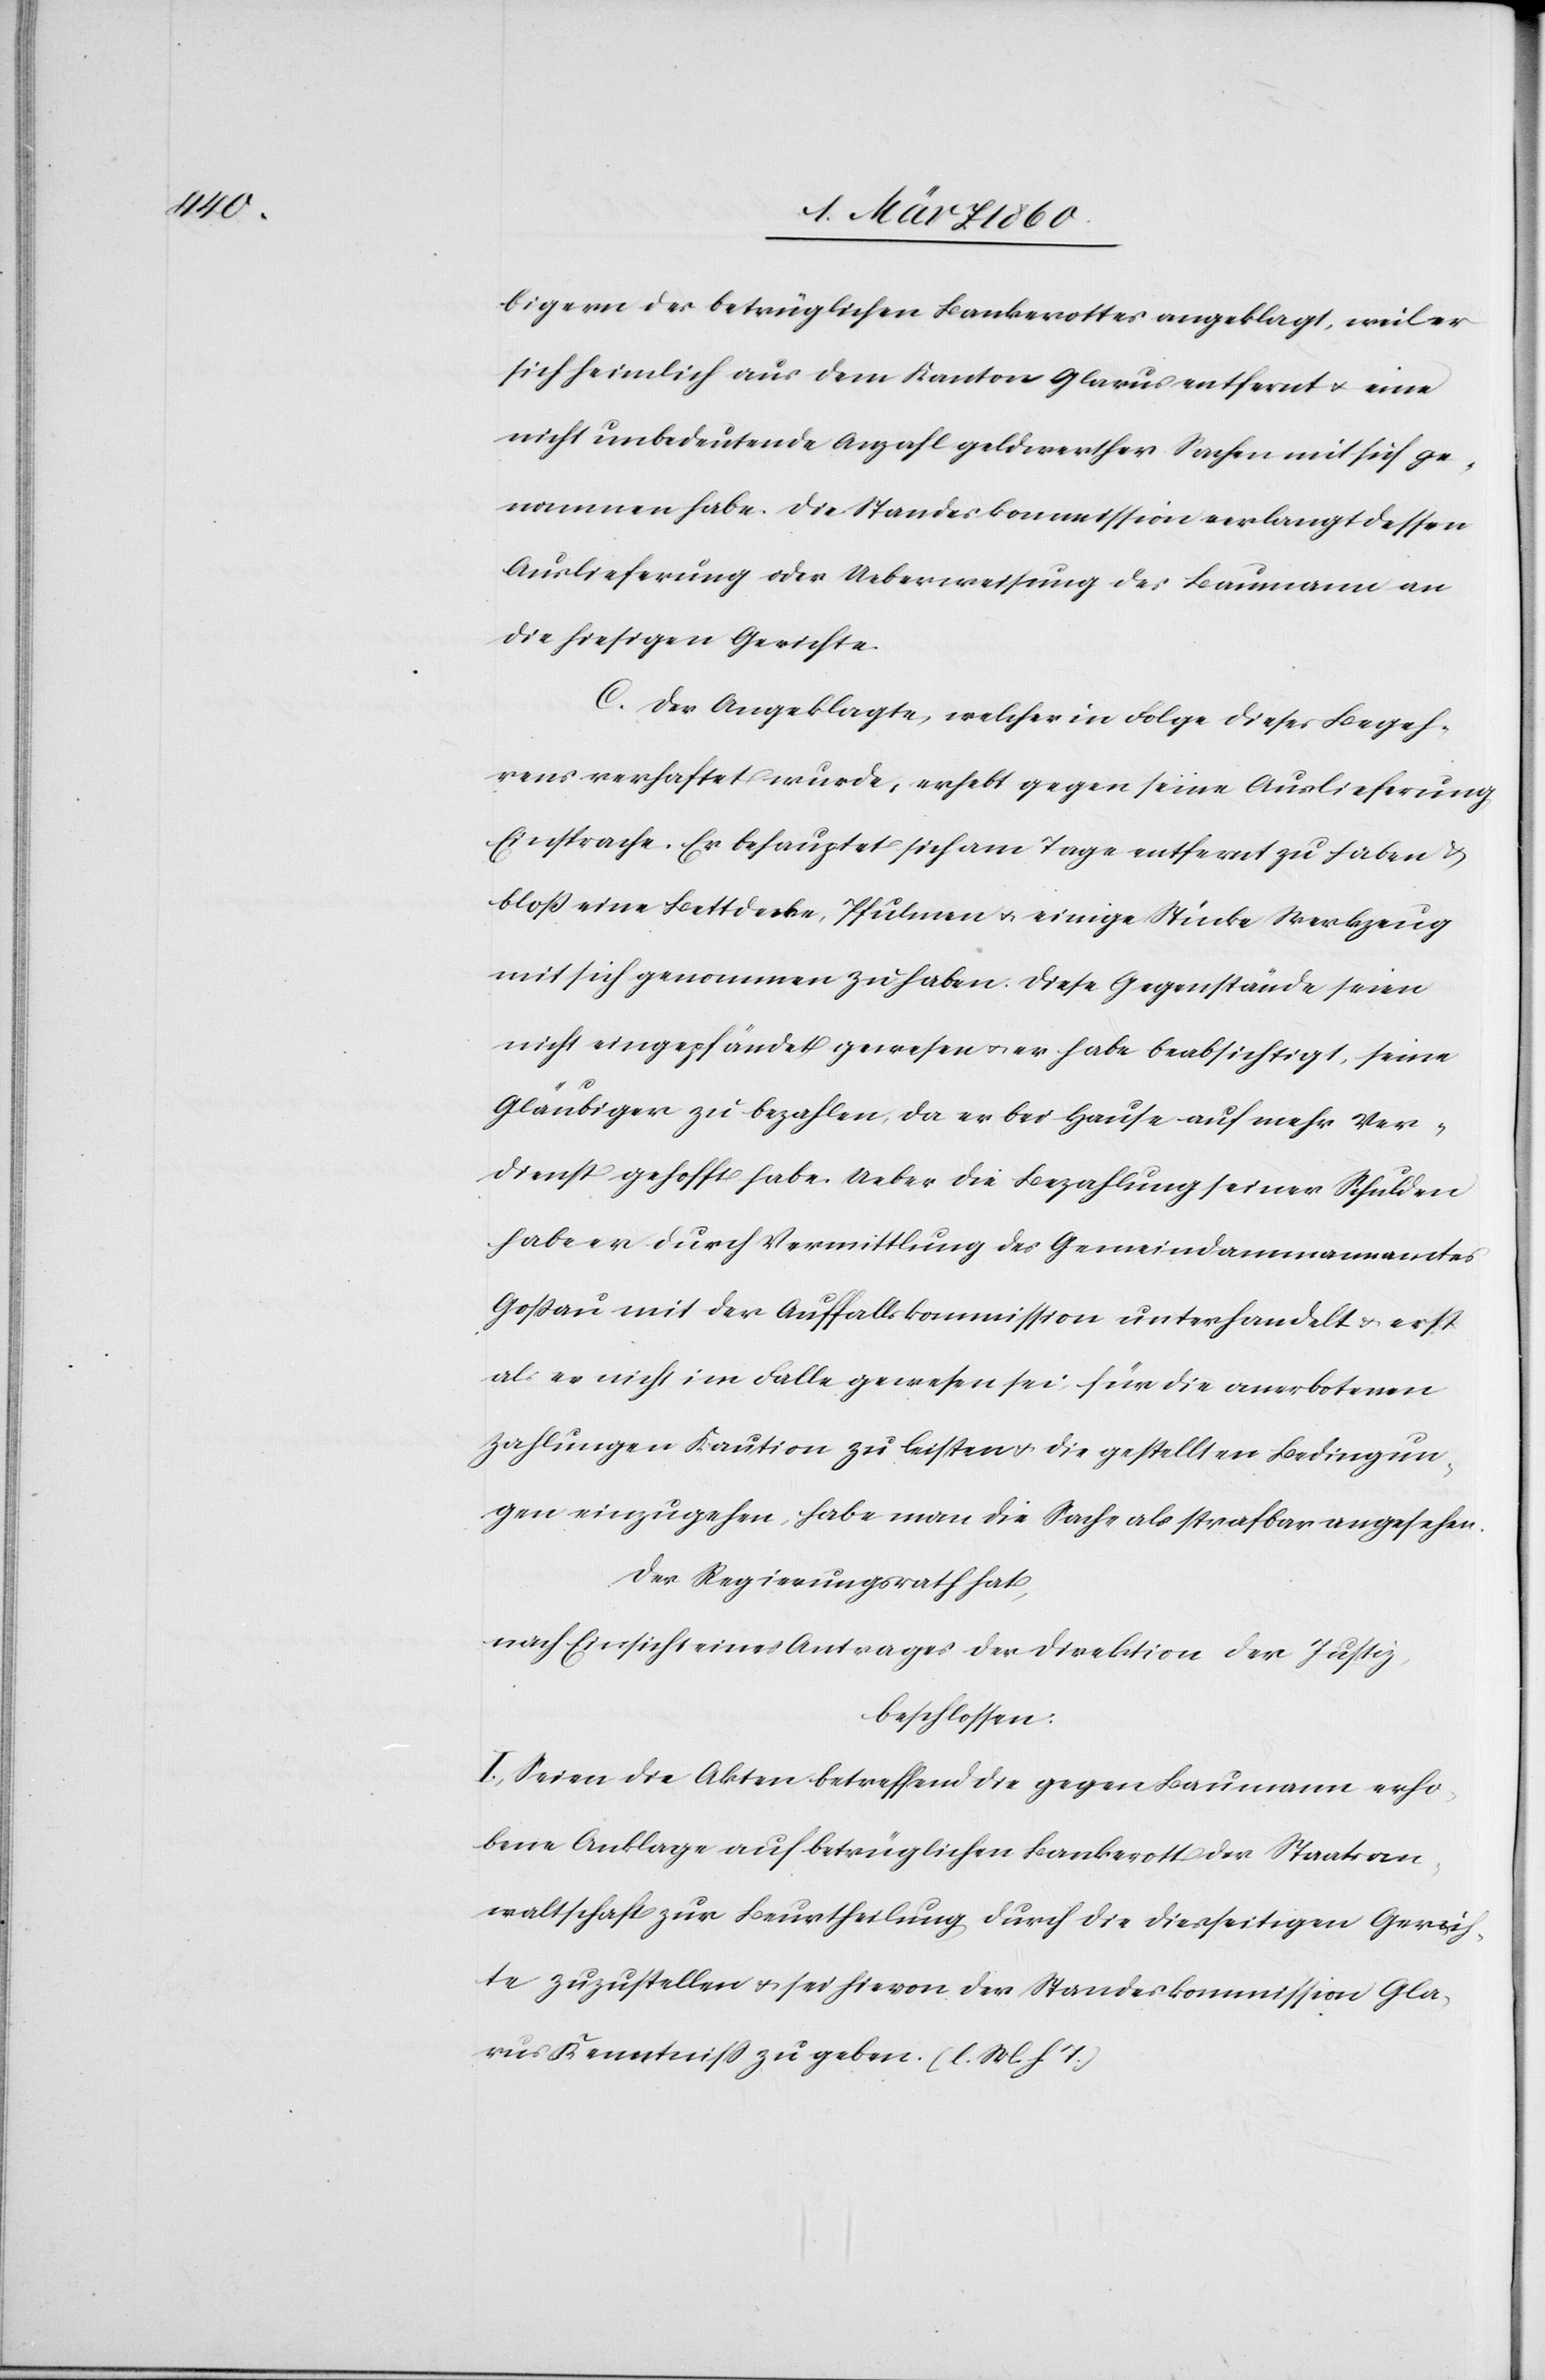
bigern des betrüglichen Bankerottes angeklagt, weil er
sich heimlich aus dem Kanton Glarus entfernt u. eine
nicht unbedeutende Anzahl geldwerther Sachen mit sich ge¬
nommen habe. Die Standeskommission verlangt dessen
Auslieferung oder Ueberweisung des Baumann an
die hiesigen Gerichte.
C. Der Angeklagte, welcher in Folge dieses Begeh¬
rens verhaftet wurde, erhebt gegen seine Auslieferung
Einsprache. Er behauptet sich am Tage entfernt zu haben u.
bloss eine Bettdecke, Pfulmen u. einige Stücke Werkzeug
mit sich genommen zu haben. Diese Gegenstände seien
nicht eingepfändet gewesen u. er habe beabsichtigt, seine
Gläubiger zu bezahlen, da er bei Hause auf mehr Ver¬
dienst gehofft habe. Ueber die Bezahlung seiner Schulden
habe er durch Vermittlung des Gemeindammannamtes
Gossau mit der Auffallskommission unterhandelt u. erst
als er nicht im Falle gewesen sei, für die anerbotenen
Zahlungen Kaution zu leisten u. die gestellten Bedingun¬
gen einzugehen, habe man die Sache als strafbar angesehen.
Der Regierungsrath hat,
nach Einsicht eines Antrages der Direktion der Justiz
beschlossen:
I. Seien die Akten betreffend die gegen Baumann erho¬
bene Anklage auf betrüglichen Bankerott der Staatsan¬
waltschaft zu Beurtheilung durch die diesseitigen Gerich¬
te zuzustellen u. sei hievon der Standeskommission Gla¬
rus Kenntniß zu geben. [l. M. h. T].